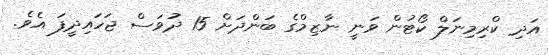
އަދި ކްރިމިނަލް ކޯޓުން ވަނީ ނާޒިމްގެ ބަންދަށް 15 ދުވަސް ޖަހައިދީފަ އެވެ.